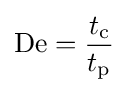
\mathrm {De} ={\frac {t_{\mathrm {c} }}{t_{\mathrm {p} }}}